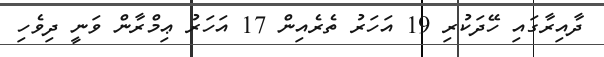
ދާއިރާގައި ހޭދަކުރި 19 އަހަރު ތެރެއިން 17 އަހަރު ޢިމްރާން ވަނީ ދިވެހި